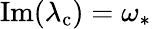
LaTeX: \operatorname{Im}(\lambda_{\mathrm{c}})=\omega_{*}